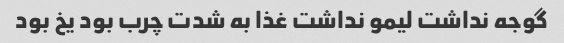
گوجه نداشت لیمو نداشت غذا به شدت چرب بود یخ بود